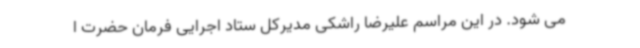
می شود. در این مراسم علیرضا راشکی مدیرکل ستاد اجرایی فرمان حضرت ا